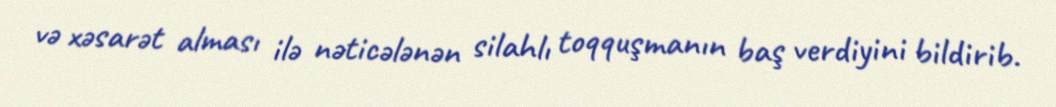
və xəsarət alması ilə nəticələnən silahlı toqquşmanın baş verdiyini bildirib.